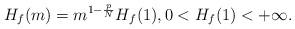
LaTeX: \begin{align*}H_f(m)=m^{1-\frac{p}{N}}H_f(1),0<H_f(1)<+\infty.\end{align*}